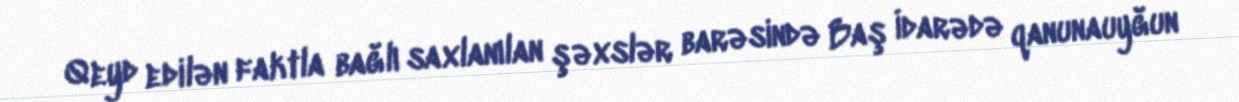
Qeyd edilən faktla bağlı saxlanılan şəxslər barəsində Baş İdarədə qanunauyğun